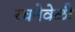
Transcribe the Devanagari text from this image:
रचनेवेळी